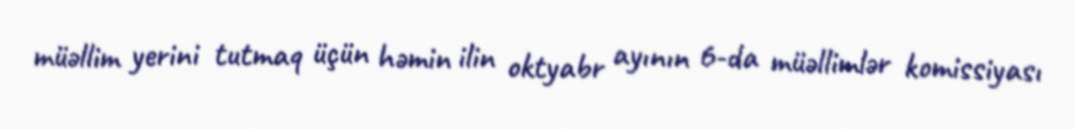
müəllim yerini tutmaq üçün həmin ilin oktyabr ayının 6-da müəllimlər komissiyası